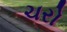
ચરો